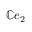
\mathbb { C } e _ { 2 }